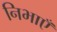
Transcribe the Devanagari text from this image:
निभाएँ